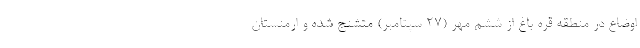
اوضاع در منطقه قره باغ از ششم مهر (۲۷ سپتامبر) متشنج شده و ارمنستان